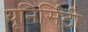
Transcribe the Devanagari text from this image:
यूनिर्सिटी